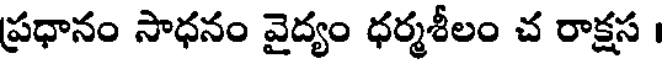
ప్రధానం సాధనం వైద్యం ధర్మశీలం చ రాక్షస ।